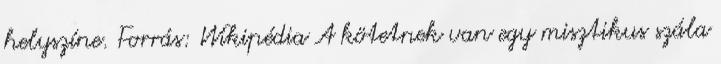
helyszíne. Forrás: Wikipédia A kötetnek van egy misztikus szála